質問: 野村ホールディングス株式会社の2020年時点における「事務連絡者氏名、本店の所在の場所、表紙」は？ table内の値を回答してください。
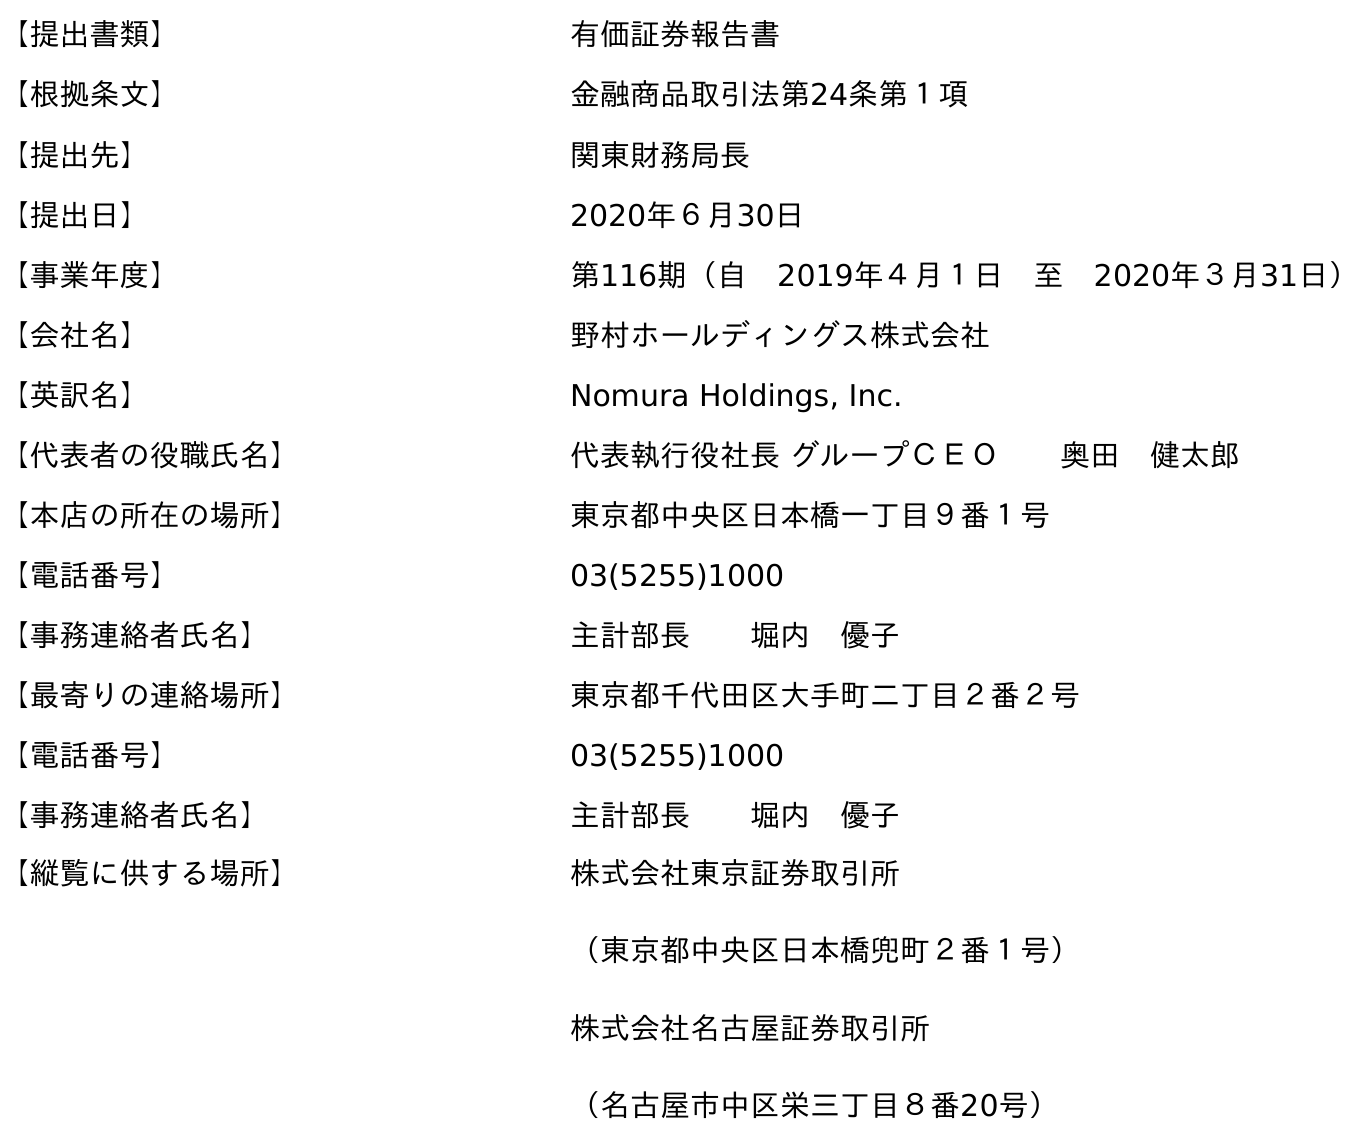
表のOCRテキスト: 【提出書類】 有価証券報告書 【根拠条文】 金融商品取引法第24条第１項 【提出先】 関東財務局長 【提出日】 2020年６月30日 【事業年度】 第116期（自 2019年４月１日 至 2020年３月31日） 【会社名】 野村ホールディングス株式会社 【英訳名】 Nomura Holdings, Inc. 【代表者の役職氏名】 代表執行役社長 グループＣＥＯ  奥田 健太郎 【本店の所在の場所】 東京都中央区日本橋一丁目９番１号 【電話番号】 03(5255)1000 【事務連絡者氏名】 主計部長  堀内 優子 【最寄りの連絡場所】 東京都千代田区大手町二丁目２番２号 【電話番号】 03(5255)1000 【事務連絡者氏名】 主計部長  堀内 優子 【縦覧に供する場所】 株式会社東京証券取引所 （東京都中央区日本橋兜町２番１号） 株式会社名古屋証券取引所 （名古屋市中区栄三丁目８番20号）
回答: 主計部長堀内　優子